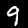
Digit: 9